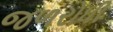
જળરોધી